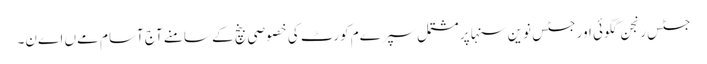
جسٹس رنجن گگوئی اور جسٹس نوین سنہا پر مشتمل سپرےم کورٹ کی خصوصی بنچ کے سامنے آج آسام مےں اےن۔